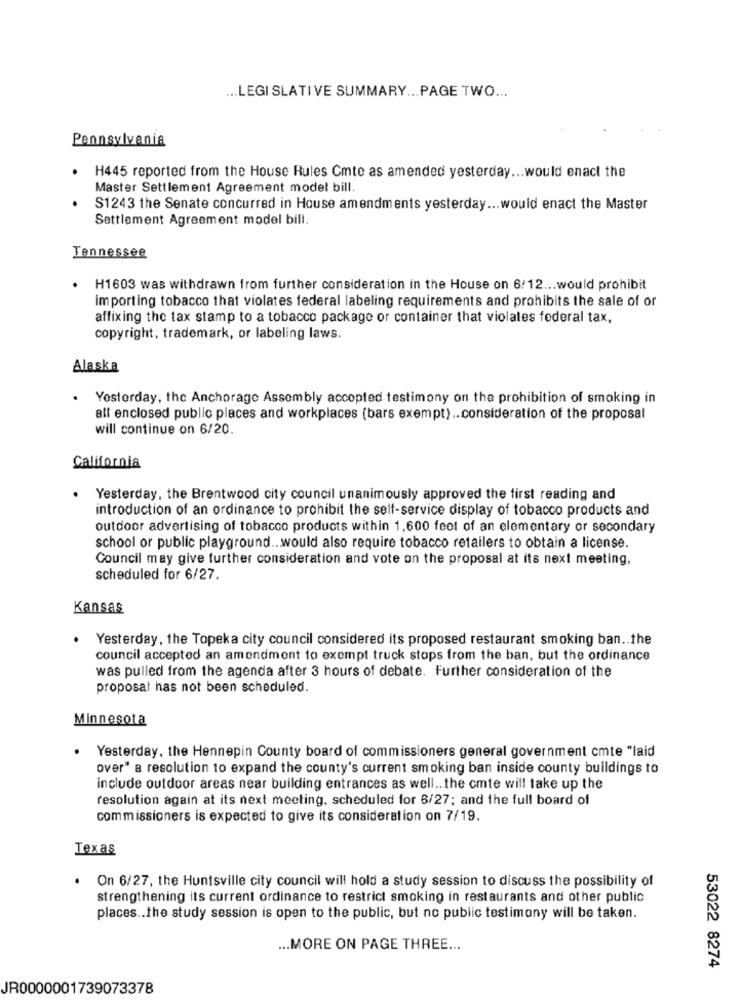
... LEGISLATIVE SUMMARY ... PAGE TWO ...
Pennsylvania
H445 reported from the House Rules Cmte as amended yesterday ... would enact the
Master Settlement Agreement model bill.
S1243 the Senate concurred in House amendments yesterday ... would enact the Master
Settlement Agreement model bill.
Tennessee
H1603 was withdrawn from further consideration in the House on 6/12 ... would prohibit
importing tobacco that violates federal labeling requirements and prohibits the sale of or
affixing the tax stamp to a tobacco package or container that violates federal tax,
copyright, trademark, or labeling laws.
Alaska
Yesterday, the Anchorage Assembly accepted testimony on the prohibition of smoking in
all enclosed public places and workplaces (bars exempt) .. consideration of the proposal
will continue on 6/20.
California
Yesterday, the Brentwood city council unanimously approved the first reading and
introduction of an ordinance to prohibit the self-service display of tobacco products and
outdoor advertising of tobacco products within 1,600 feet of an elementary or secondary
school or public playground .. would also require tobacco retailers to obtain a license.
Council may give further consideration and vote on the proposal at its next meeting,
scheduled for 6/27.
Kansas
.
Yesterday, the Topeka city council considered its proposed restaurant smoking ban .. the
council accepted an amendment to exempt truck stops from the ban, but the ordinance
was pulled from the agenda after 3 hours of debate. Further consideration of the
proposat has not been scheduled.
Minnesota
Yesterday, the Hennepin County board of commissioners general government cmte "laid
over" a resolution to expand the county's current smoking ban inside county buildings to
include outdoor areas near building entrances as well .. the cmte will take up the
resolution again at its next meeting, scheduled for 6/27; and the full board of
commissioners is expected to give its consideration on 7/19.
Texas
.
On 6/27, the Huntsville city council will hold a study session to discuss the possibility of
strengthening its current ordinance to restrict smoking in restaurants and other public
places .. the study session is open to the public, but no public testimony will be taken.
... MORE ON PAGE THREE ...
53022 8274
JR0000001739073378